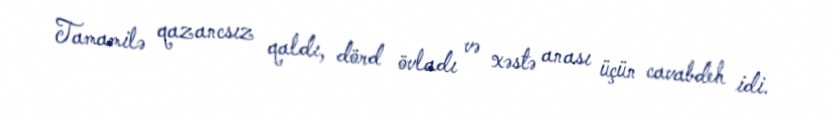
Tamamilə qazancsız qaldı, dörd övladı və xəstə anası üçün cavabdeh idi.